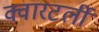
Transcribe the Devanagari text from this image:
क्वारटर्ली